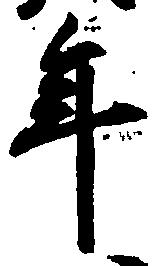
年